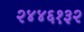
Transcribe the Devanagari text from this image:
२४४६१३२